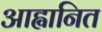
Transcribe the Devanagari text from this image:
आह्वानित